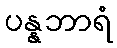
ပန္နဘာရံ